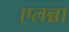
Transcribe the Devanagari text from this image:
एलन्ना